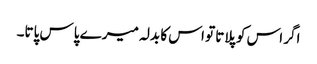
اگر اس کو پلاتا تو اس کا بدلہ میرے پاس پاتا۔